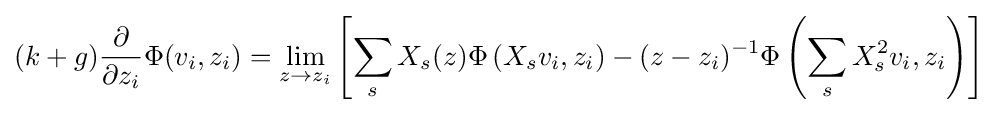
(k+g){\frac {\partial }{\partial z_{i}}}\Phi (v_{i},z_{i})=\lim _{z\to z_{i}}\left[\sum _{s}X_{s}(z)\Phi \left(X_{s}v_{i},z_{i}\right)-(z-z_{i})^{-1}\Phi \left(\sum _{s}X_{s}^{2}v_{i},z_{i}\right)\right]